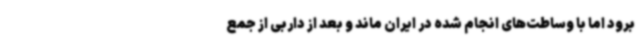
برود اما با وساطت‌های انجام شده در ایران ماند و بعد از داربی از جمع